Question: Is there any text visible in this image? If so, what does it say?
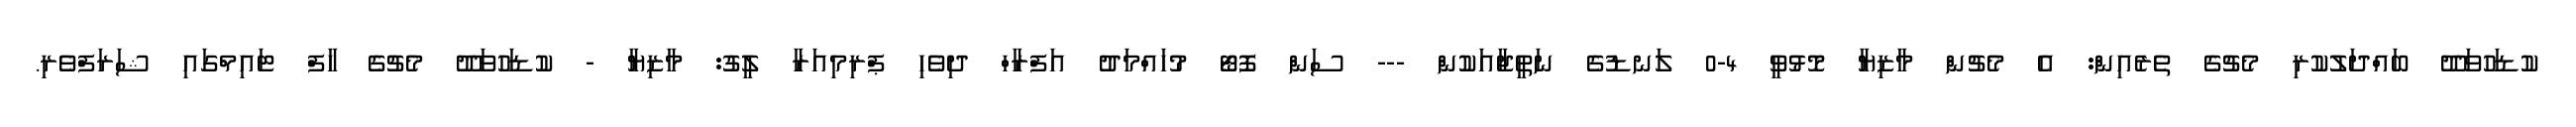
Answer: ކުޑަހުވަދޫ ބައްދަލުކުރި މެޗުގެ ތެރެއިން: އެ މެޗުން މާޒިޔާ މޮޅުވީ 4-0 ލަނޑުގެ ނަތީޖާއަކުން --- ސަން ފޮޓޯ މުހައްމަދު އަފްރާހް ދިވެހި ޕްރިމިއަރާ ލީގު: މާޒިޔާ - ކުޑަހުވަދޫ މެޗުގެ ހާފް ޓައިމްގައި ޝަރަފްވެރި.